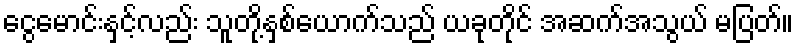
ငွေမောင်းနှင့်လည်း သူတို့နှစ်ယောက်သည် ယခုတိုင် အဆက်အသွယ် မပြတ်။